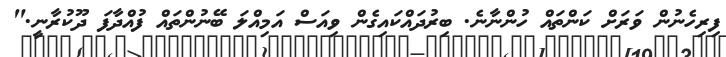
ފިރިހެނުން ވަރަށް ކަންތައް ހުންނާނެ. ބިރުދައްކައިގެން ވިއަސް އަމިއްލަ ބޭނުންތައް ފުއްދާފަ ދޫކުރާނީ."